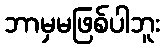
ဘာမှမဖြစ်ပါဘူး